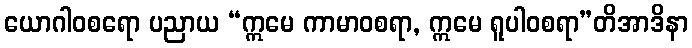
ယောဂါဝစရော ပညာယ “ဣမေ ကာမာဝစရာ, ဣမေ ရူပါဝစရာ”တိအာဒိနာ